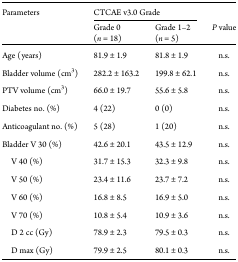
<table><thead><tr><td rowspan="2"><b>Parameters</b></td><td colspan="2"><b>CTCAE v3.0 Grade</b></td><td></td></tr><tr><td><b>Grade 0 (<i>n</i> = 18)</b></td><td><b>Grade 1–2 (<i>n</i> = 5)</b></td><td><b><i>P</i> value</b></td></tr></thead><tbody><tr><td>Age (years)</td><td>81.9 ± 1.9</td><td>81.8 ± 1.9</td><td>n.s.</td></tr><tr><td>Bladder volume (cm<sup>3</sup>)</td><td>282.2 ± 163.2</td><td>199.8 ± 62.1</td><td>n.s.</td></tr><tr><td>PTV volume (cm<sup>3</sup>)</td><td>66.0 ± 19.7</td><td>55.6 ± 5.8</td><td>n.s.</td></tr><tr><td>Diabetes no. (%)</td><td>4 (22)</td><td>0 (0)</td><td>n.s.</td></tr><tr><td>Anticoagulant no. (%)</td><td>5 (28)</td><td>1 (20)</td><td>n.s.</td></tr><tr><td>Bladder V 30 (%)</td><td>42.6 ± 20.1</td><td>43.5 ± 12.9</td><td>n.s.</td></tr><tr><td> V 40 (%)</td><td>31.7 ± 15.3</td><td>32.3 ± 9.8</td><td>n.s.</td></tr><tr><td> V 50 (%)</td><td>23.4 ± 11.6</td><td>23.7 ± 7.2</td><td>n.s.</td></tr><tr><td> V 60 (%)</td><td>16.8 ± 8.5</td><td>16.9 ± 5.0</td><td>n.s.</td></tr><tr><td> V 70 (%)</td><td>10.8 ± 5.4</td><td>10.9 ± 3.6</td><td>n.s.</td></tr><tr><td> D 2 cc (Gy)</td><td>78.9 ± 2.3</td><td>79.5 ± 0.3</td><td>n.s.</td></tr><tr><td> D max (Gy)</td><td>79.9 ± 2.5</td><td>80.1 ± 0.3</td><td>n.s.</td></tr></tbody></table>